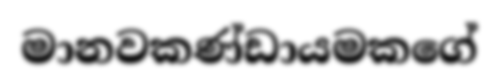
මානවකණ්ඩායමකගේ